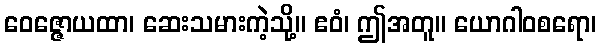
ဝေဇ္ဇောယထာ၊ ဆေးသမားကဲ့သို့။ ဧဝံ၊ ဤအတူ။ ယောဂါဝစရော၊